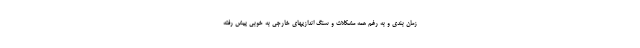
زمان بندی و به رغم همه مشکلات و سنگ اندازیهای خارجی به خوبی پیش رفته